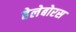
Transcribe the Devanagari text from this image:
हेलेबोरस